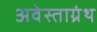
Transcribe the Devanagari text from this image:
अवेस्ताग्रंथ